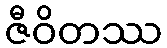
ဇီဝိတဿ